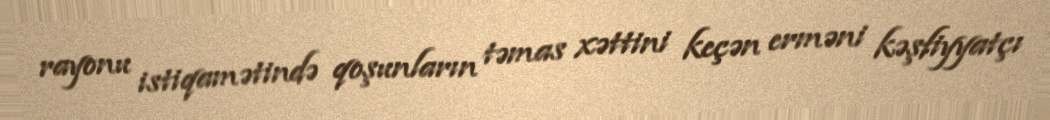
rayonu istiqamətində qoşunların təmas xəttini keçən erməni kəşfiyyatçı